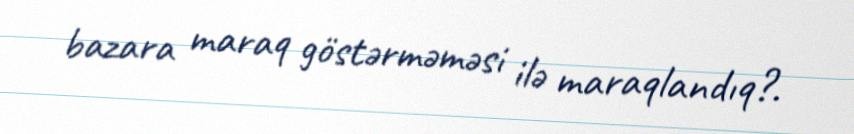
bazara maraq göstərməməsi ilə maraqlandıq?.